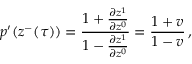
p ^ { \prime } ( z ^ { - } ( \tau ) ) = \frac { 1 + \frac { \partial z ^ { 1 } } { \partial z ^ { 0 } } } { 1 - \frac { \partial z ^ { 1 } } { \partial z ^ { 0 } } } = \frac { 1 + v } { 1 - v } \, ,